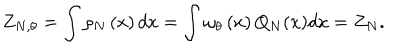
Z _ { N , \theta } = \int \rho _ { N } \left( x \right) d x = \int \omega _ { \theta } \left( x \right) Q _ { N } ( x ) d x = Z _ { N } .